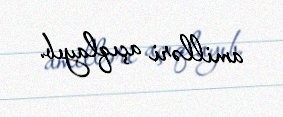
amilləri açıqlayıb.